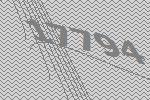
17794